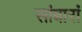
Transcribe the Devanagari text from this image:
सांबारां